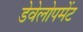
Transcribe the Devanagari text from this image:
डेवेलोपमेंट